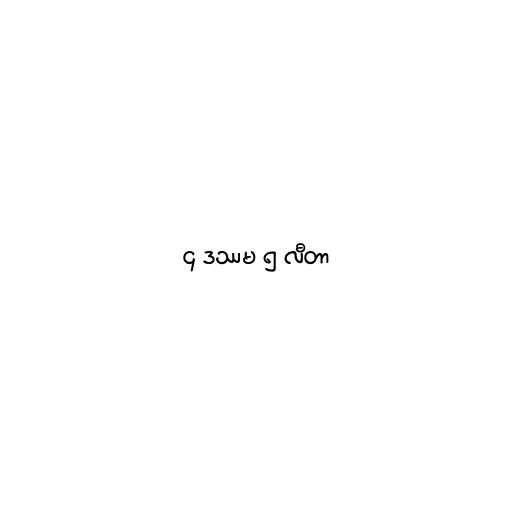
၄ ဒဿမ ၅ လီတာ